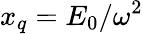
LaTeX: x_{q}=E_{0}/\omega^{2}